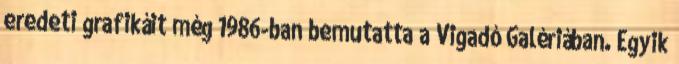
eredeti grafikáit még 1986-ban bemutatta a Vigadó Galériában. Egyik